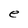
Character: e